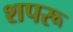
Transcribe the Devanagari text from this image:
शपरू